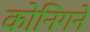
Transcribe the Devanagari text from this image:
कोनिगने